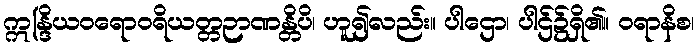
ဣန္ဒြိယဝရောဝရိယတ္တဉာဏန္တိပိ၊ ဟူ၍လည်း။ ပါဌော၊ ပါဌ်၌ရှိ၏။ ဝရာနိစ၊